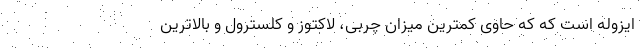
ایزوله است که که حاوی کمترین میزان چربی، لاکتوز و کلسترول و بالاترین